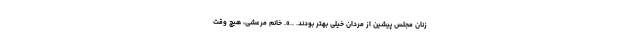
زنان مجلس پیشین از مردان خیلی بهتر بودند. ..». خانم مرعشی، هیچ وقت